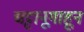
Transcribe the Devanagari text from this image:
चट्टानूगाहून